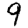
Digit: 9